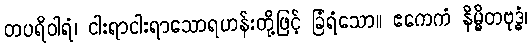
တပရိဝါရံ၊ ငါးရာငါးရာသောရဟန်းတို့ဖြင့် ခြံရံသော။ ဧကေကံ နိမ္မိတဗုဒ္ဓံ၊